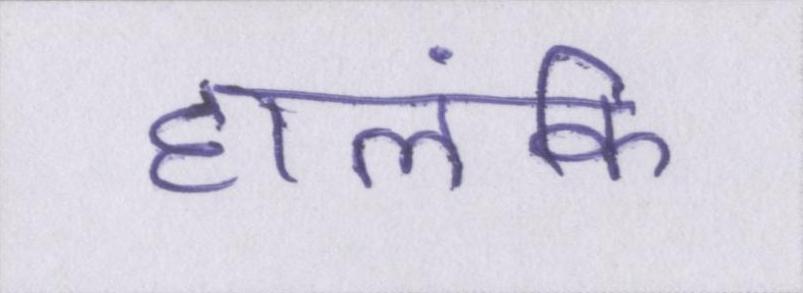
हालंकि